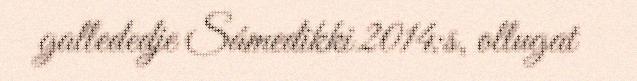
gallededje Sámedikki 2014:s, ollugat